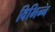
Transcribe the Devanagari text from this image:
विभिन्न